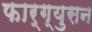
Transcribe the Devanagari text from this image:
फार्ग्युसन